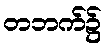
တဘက်၌